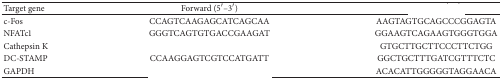
<table><thead><tr><td><b>Target gene</b></td><td><b>Forward (5′–3′)</b></td><td>[EMPTY_CELL]</td></tr></thead><tbody><tr><td>c-Fos</td><td>CCAGTCAAGAGCATCAGCAA</td><td>AAGTAGTGCAGCCCGGAGTA</td></tr><tr><td>NFATc1</td><td>GGGTCAGTGTGACCGAAGAT</td><td>GGAAGTCAGAAGTGGGTGGA</td></tr><tr><td>Cathepsin K</td><td>[EMPTY_CELL]</td><td>GTGCTTGCTTCCCTTCTGG</td></tr><tr><td>DC-STAMP</td><td>CCAAGGAGTCGTCCATGATT</td><td>GGCTGCTTTGATCGTTTCTC</td></tr><tr><td>GAPDH</td><td>[EMPTY_CELL]</td><td>ACACATTGGGGGTAGGAACA</td></tr></tbody></table>